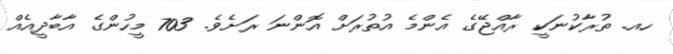
ހއ. ތުރާކުނަކީ ރާއްޖޭގެ އެންމެ އުތުރަށް އޮންނަ ރަށެވެ. 703 މީހުންގެ އާބާދީއެއް